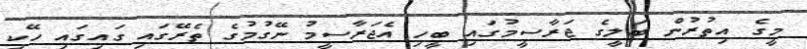
މީގެ އިތުރުން ބަލީގެ ޖަރާސީމުގައި ބީހި އެޖަރާސީމު ނޭގުމުގެ ތެރޭގައި ގައިގައި ހޭކި